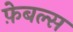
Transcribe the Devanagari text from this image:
फ़ेबल्स